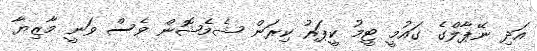
އަދި ނޭޕާލްގެ ގައުމީ ޓީމު ކީޕަރު ކިރަން ޝެމެޝޮން ވެސް ވަނީ މާޒިޔާ